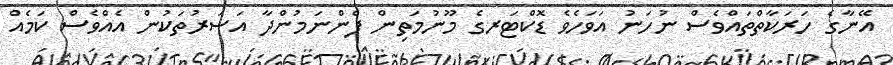
އޭނާގެ ހަރަކާތްތައްވެސް ނުހަނު އަވަހެވެ ޑޮކްޓަރގެ މޫނުމަތިން ފެންނަމުންދާ އަސަރުތަކުން އެއްވެސް ކަމެއް